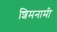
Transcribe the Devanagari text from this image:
शिमनामी